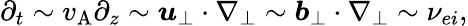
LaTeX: \partial_{t}\sim v_{\mathrm{A}}\partial_{z}\sim\boldsymbol{u}_{\perp}\cdot\nabla_{\perp}\sim\boldsymbol{b}_{\perp}\cdot\nabla_{\perp}\sim\nu_{ei},